Annual administration report of the Civil Veterinary Department of India - 1897-1898
Year: 1897
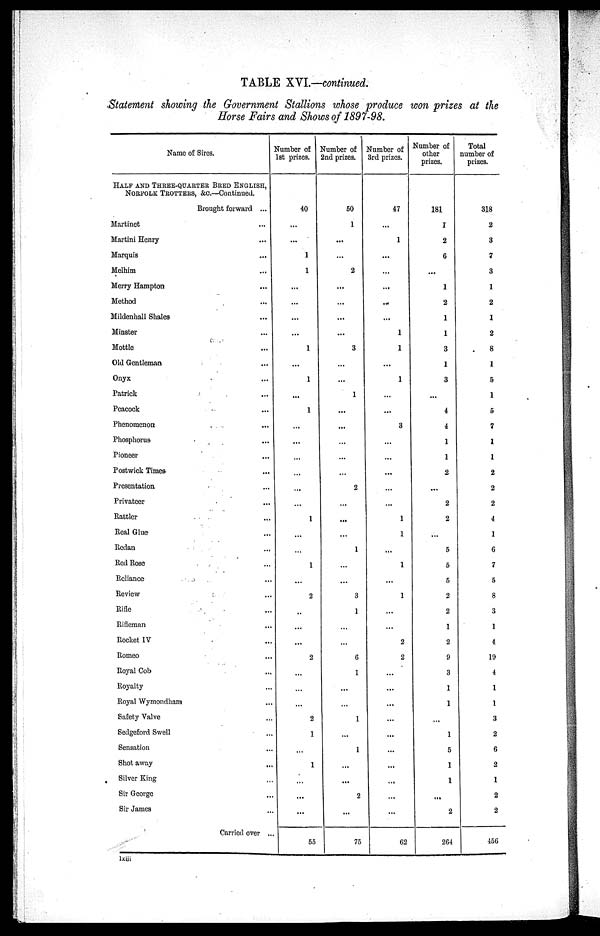
TABLE XVI.—continued.
Statement showing the Government Stallions whose produce won prizes at the
Horse Fairs and Shows of 1897—98.
Name of Sires.
HALF AND THREE—QUARTER BRED ENGLISH,
NORFOLK TROTTERS, &c.
Brought forward ...
Martinet ...
Martini Henry ...
Marquis ...
Melhim ...
Merry Hampton ...
Method ...
Mildenhall Shales ...
Minster ...
Mottle ...
Old Gentleman ...
Onyx ...
Patrick ...
Peacock ...
Phenomenon ...
Phosphorus ...
Pioneer ...
Postwick Times ...
Presentation ...
Privateer ...
Rattler ...
Real Glue ...
Redan ...
Red Rose ...
Reliance ...
Review ...
Rifle ...
Rifleman ...
Rocket IV ...
Romeo ...
Royal Cob ...
Royalty ...
Royal Wymondham ...
Safety Valve ...
Sedgeford Swell ...
Sensation ...
Shot away
...
Silver King ...
Sir George ...
Sir James ...
Carried over ...
Number of
1st prizes.
40
...
...
1
1
...
...
...
...
1
...
1
...
1
...
...
...
...
...
...
1
...
...
1
...
2
..
...
...
2
...
...
...
2
1
...
1
...
...
...
55
Number of
2nd prizes.
50
1
...
...
2
...
...
...
...
3
...
...
1
...
...
...
...
...
2
...
...
...
1
...
...
3
1
...
...
6
1
...
...
1
...
1
...
...
2
...
75
Number of
3rd prizes.
47
...
1
...
...
...
...
...
1
1
...
1
...
...
3
...
...
...
...
...
1
1
...
1
...
1
...
...
2
2
...
...
...
...
...
...
...
...
...
...
62
Number of
other
prizes.
181
1
2
6
...
1
2
1
1
3
1
3
...
4
4
1
1
2
...
2
2
...
5
5
5
2
2
1
2
9
3
1
1
...
1
5
1
1
...
2
264
Total
number of
prizes.
318
2
3
7
3
1
2
1
2
8
1
5
1
5
7
1
1
2
2
2
4
1
6
7
5
8
3
1
4
19
4
1
1
3
2
6
2
1
2
2
456
lviii